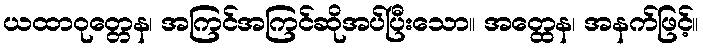
ယထာဝုတ္တေန၊ အကြင်အကြင်ဆိုအပ်ပြီးသော။ အတ္ထေန၊ အနက်ဖြင့်။